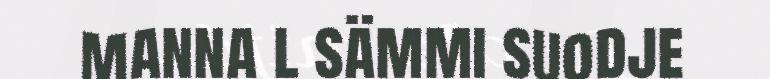
manna l sämmi suodje